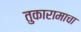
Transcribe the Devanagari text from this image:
तुकारामाचा